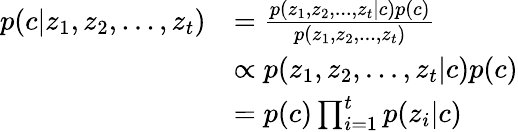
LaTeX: \begin{array}{rl}{p(c|z_{1},z_{2},...,z_{t})}&{=\frac{p(z_{1},z_{2},...,z_{t}|c)p(c)}{p(z_{1},z_{2},...,z_{t})}}\\ &{\propto p(z_{1},z_{2},...,z_{t}|c)p(c)}\\ &{=p(c)\prod_{i=1}^{t}p(z_{i}|c)}\end{array}